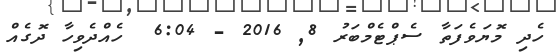
ހެދި މޮޔަވެފަތާ ސެޕްޓެމްބަރު 8